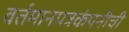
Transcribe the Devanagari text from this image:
वर्तमानपत्रकंपनीची